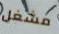
مشغل